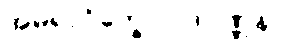
အမရာဝိက္ခေပဝါဒဝဏ္ဏနာ။